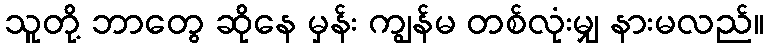
သူတို့ ဘာတွေ ဆိုနေ မှန်း ကျွန်မ တစ်လုံးမျှ နားမလည်။